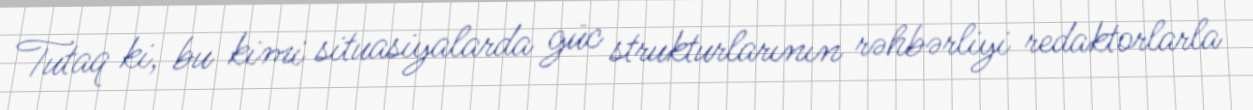
Tutaq ki, bu kimi situasiyalarda güc strukturlarının rəhbərliyi redaktorlarla